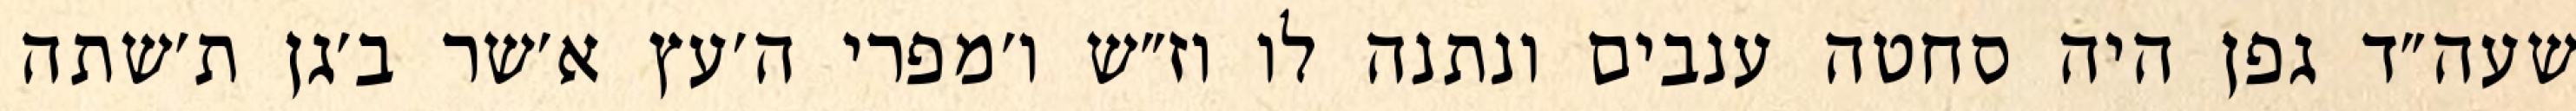
שעה״ד גפן היה סחטה ענבים ונתנה לו וז״ש ו׳מפרי ה׳עץ א׳שר ב׳גן ת׳שתה